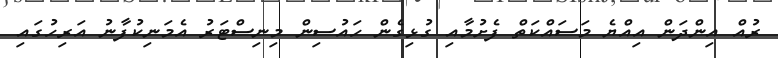
ރުއް އިންދަން އިއްޔެ މަސައްކަތް ފެށުމާއި ގުޅިގެން ހައުސިން މިނިސްޓަރު އެމަނިކުފާނު އަރިހުގައި